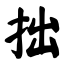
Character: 拙